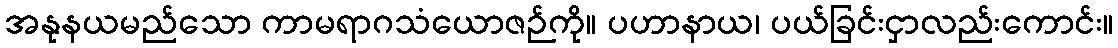
အနုနယမည်သော ကာမရာဂသံယောဇဉ်ကို။ ပဟာနာယ၊ ပယ်ခြင်းငှာလည်းကောင်း။